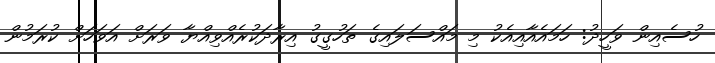
ހުސެއިން ވަހީދު: ހަމައެއާއިއެކު މި މައްސަލައިގެ ތަހުގީގު އިރާދަކުރެއްވިއްޔާ ވަރަށް އަވަހަށް ކުރަމުން